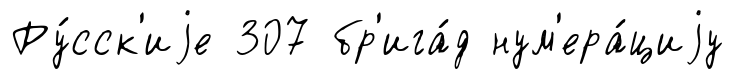
Ру́сск'иjе 307 бр'ига́д нум'ера́циjу